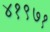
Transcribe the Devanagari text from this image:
४१९७१